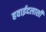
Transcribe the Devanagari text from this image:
हवाईदलाशी